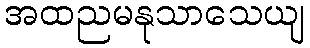
အထညမနုသာသေယျ